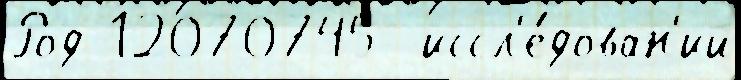
Род 12070745  иссл'е́дован'ий